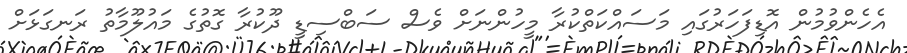
އެހެންވުމުން އޮޑިފަހަރުގައި މަސައްކަތްކުރާ މީހުންނަށް ވެސް ސަބްސިޑީ ދޫކުރާ ގޮތުގެ މައުލޫމާތު ރަނގަޅަށް